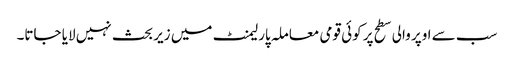
سب سے اوپر والی سطح پر کوئی قومی معاملہ پارلیمنٹ میں زیر بحث نہیں لایا جاتا۔